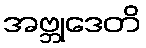
အဗ္ဘုဒေတိ